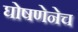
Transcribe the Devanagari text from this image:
घोषणेनेच